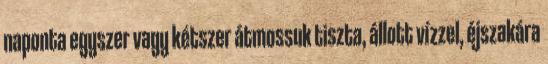
naponta egyszer vagy kétszer átmossuk tiszta, állott vízzel, éjszakára